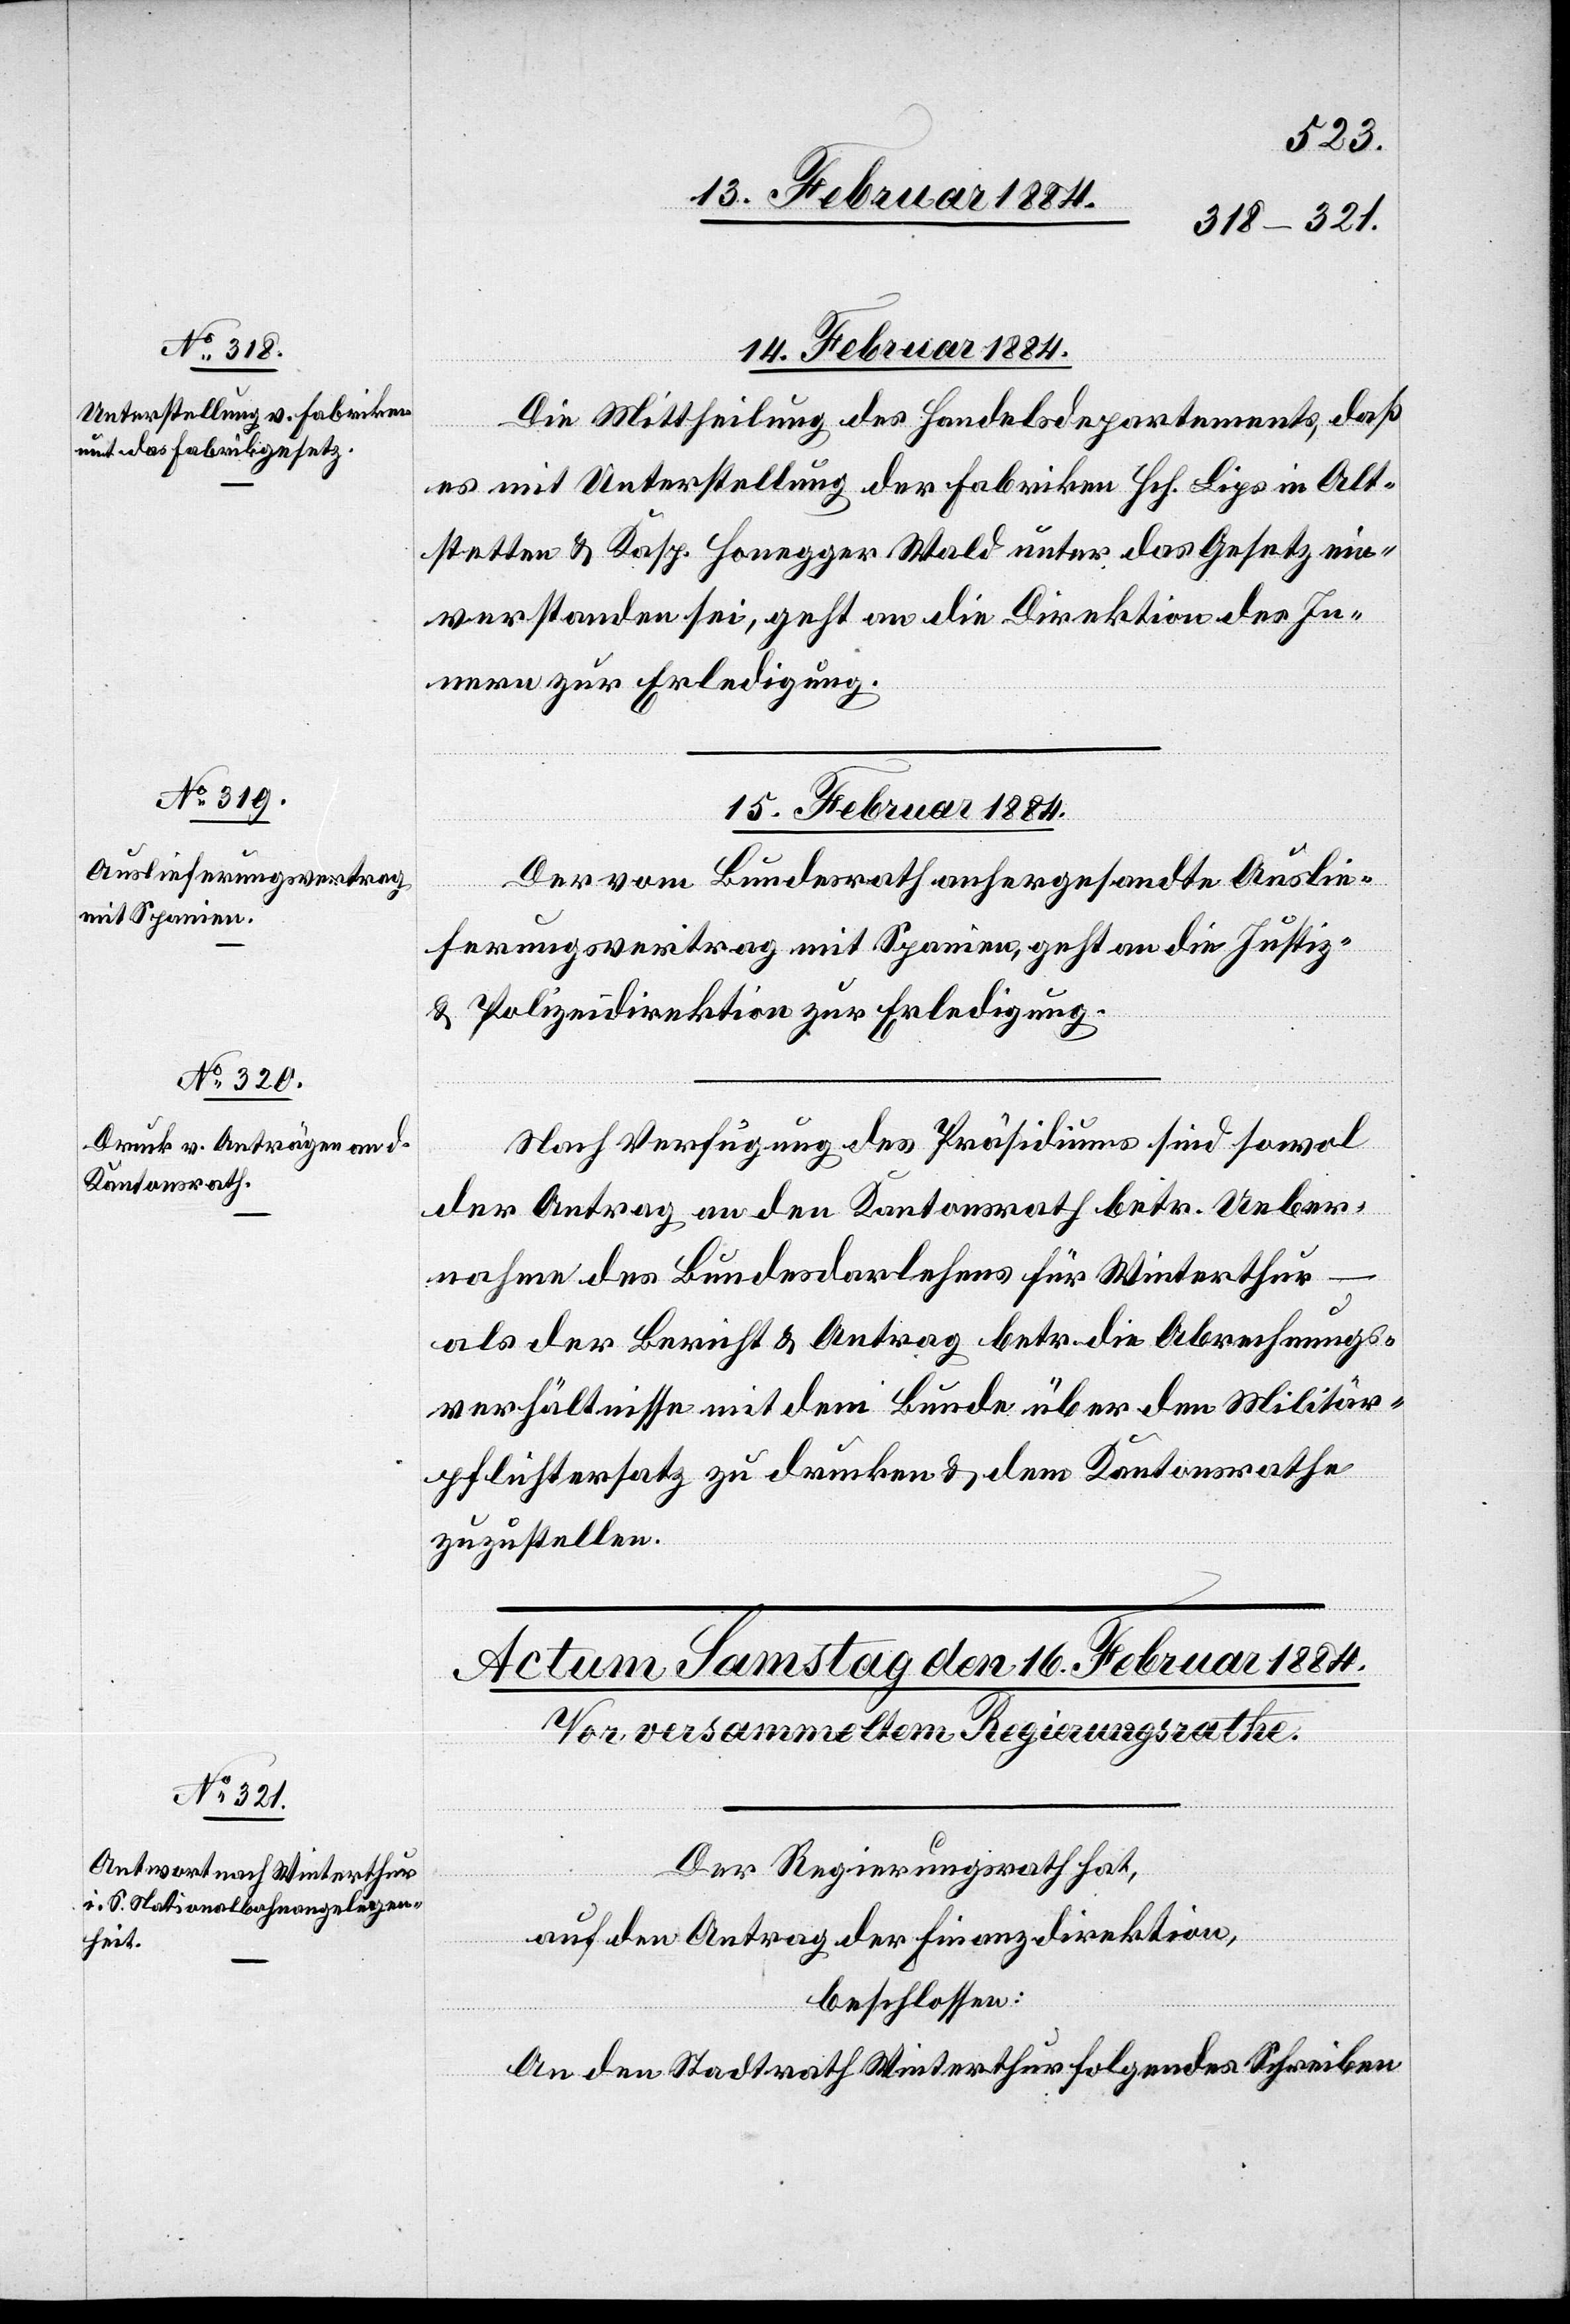
14. Februar 1884.
Die Mittheilung des Handelsdepartements, daß
es mit Unterstellung der Fabriken Hch. Lips in Alt¬
stetten & Kasp. Honegger Wald unter das Gesetz ein¬
verstanden sei, geht an die Direktion des In¬
nern zur Erledigung.
15. Februar 1884.]
[Präsidia¬
Der vom Bundesrath anhergesandte Auslie¬
ferungsvertrag mit Spanien, geht an die Justiz-
& Polizeidirektion zur Erledigung.
Nach Verfügung des Präsidiums sind sowol
der Antrag an den Kantonsrath betr. Ueber¬
gungen.
nahme des Bundesdarlehens für Winterthur
als der Bericht & Antrag betr. die Abrechnungs¬
verhältnisse mit dem Bunde über den Militär¬
pflichtersatz zu drucken & dem Kantonsrathe
zuzustellen.
Der Regierungsrath hat,
l-Verfü¬
auf den Antrag der Finanzdirektion,
beschlossen:
An den Stadtrath Winterthur folgendes Schreiben